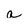
Character: a